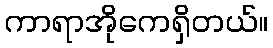
ကာရာအိုကေရှိတယ်။